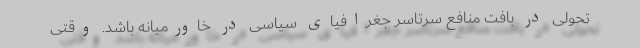
تحولی در بافت منافع سرتاسر جغرافیای سیاسی در خاورمیانه باشد. وقتی